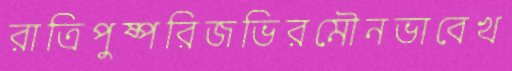
রাত্রিপুষ্পরিজভিরমৌনভাবেখ